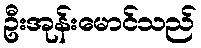
ဦးအုန်းမောင်သည်